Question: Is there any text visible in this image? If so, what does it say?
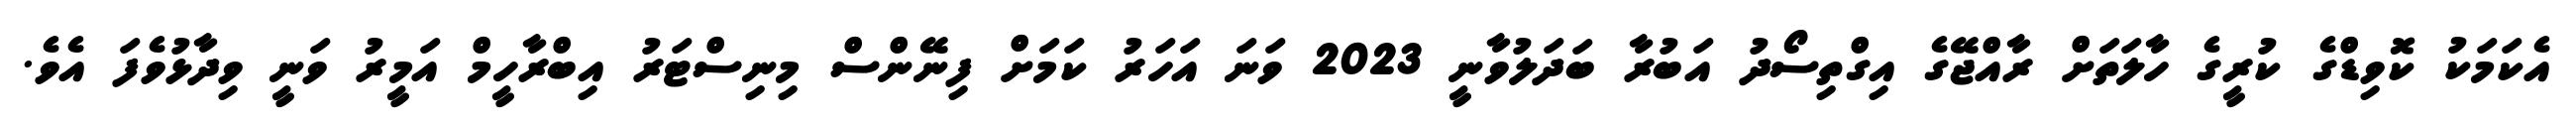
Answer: އެކަމަކު ކޮވިޑްގެ ކުރީގެ ހާލަތަށް ރާއްޖޭގެ އިގްތިސޯދު އަބުރާ ބަދަލުވާނީ 2023 ވަނަ އަހަރު ކަމަށް ފިނޭންސް މިނިސްޓަރު އިބްރާހީމް އަމީރު ވަނީ ވިދާޅުވެފަ އެވެ.